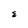
Character: E